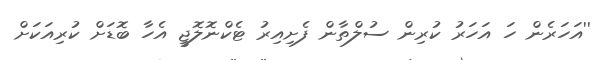
''އަހަރެން ހަ އަހަރު ކުރިން ސުލްތާން ފެށިއިރު ޓެކްނޮލޮޖީ އެހާ ބޮޑަށް ކުރިއަކަށް